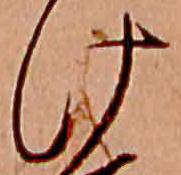
け